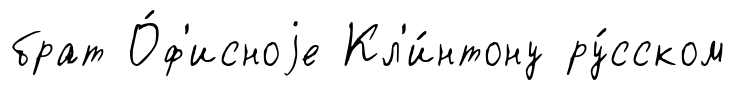
брат О́ф'исноjе Кл'и́нтону ру́сском